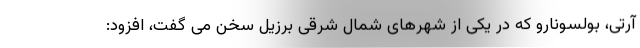
آرتی، بولسونارو که در یکی از شهرهای شمال شرقی برزیل سخن می گفت، افزود: